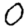
Digit: 0